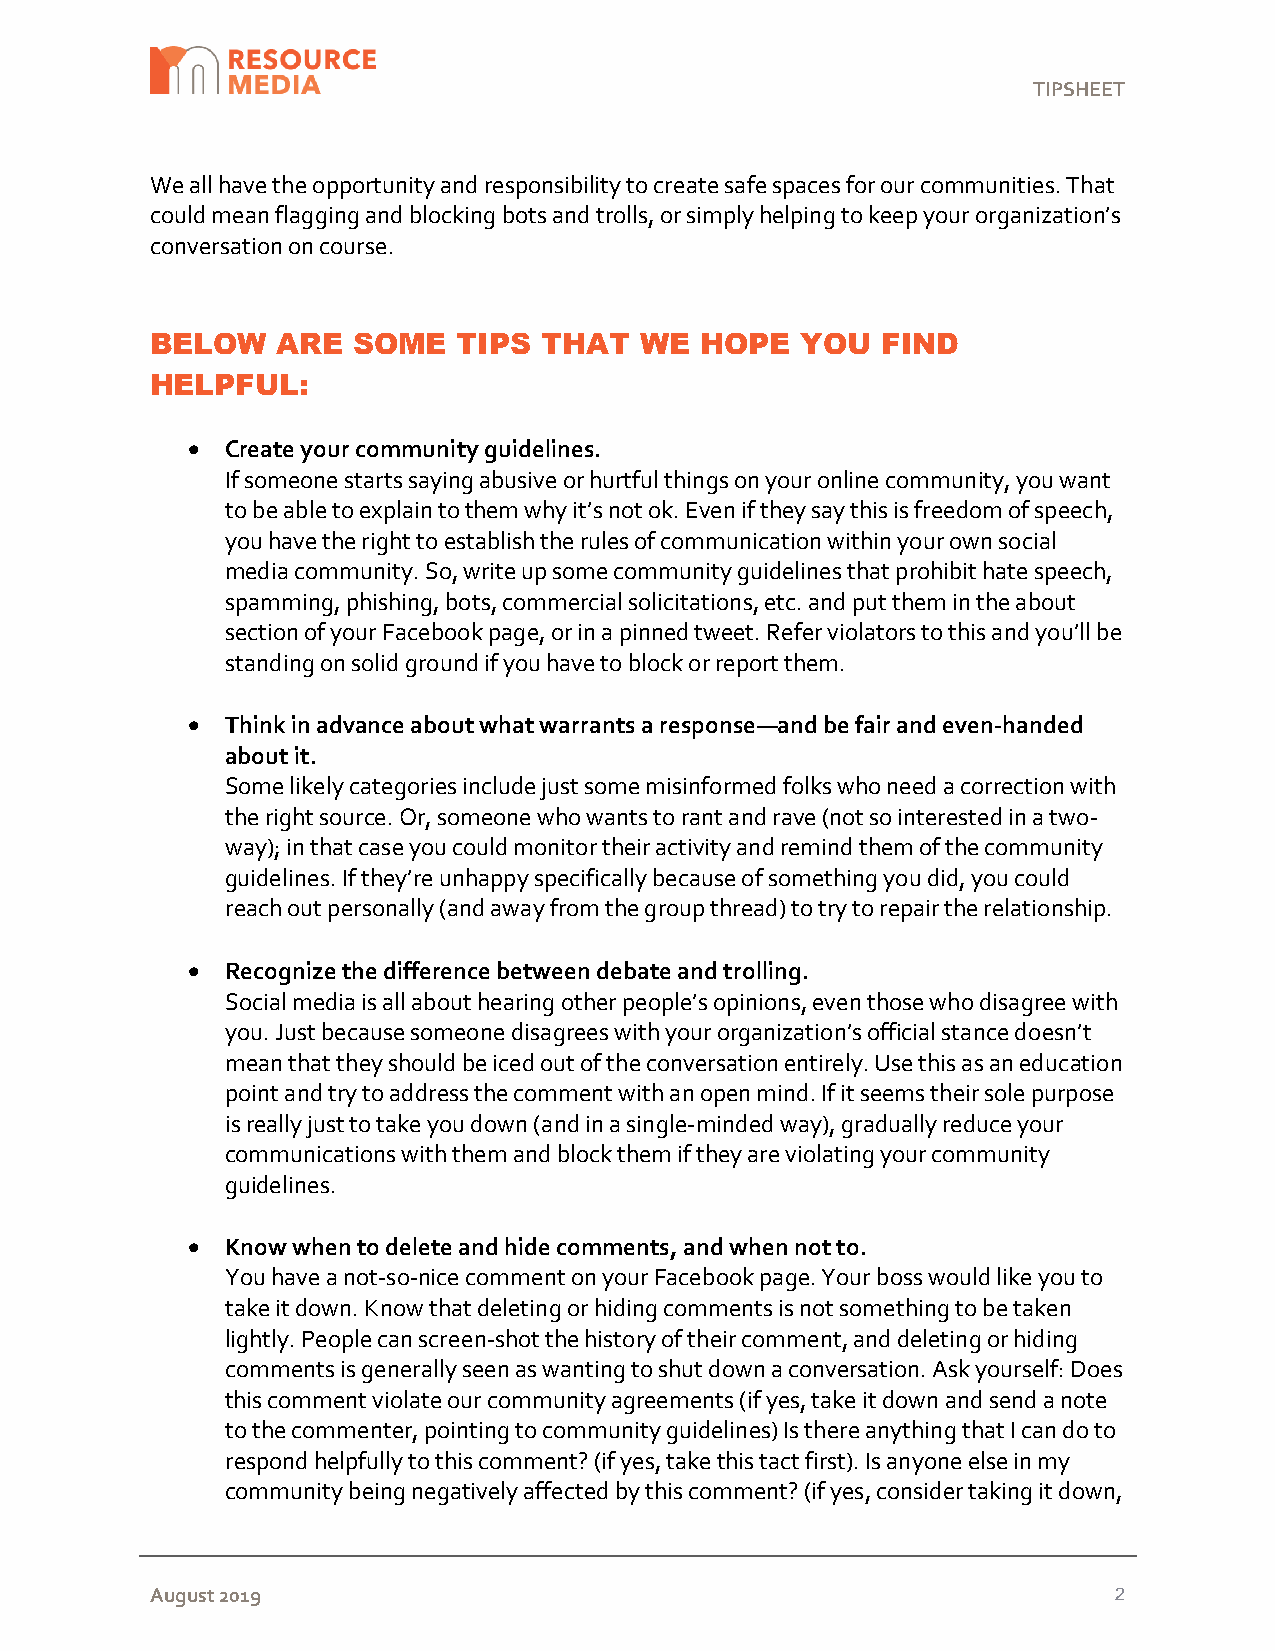
TIPSHEET
 We all have the opportunity and responsibility to create safe spaces for our communities. That
 could mean flagging and blocking bots and trolls, or simply helping to keep your organization’s
 conversation on course.
 BELOW   ARE  SOME   TIPS  THAT  WE  HOPE   YOU  FIND
 HELPFUL:
   Create your community guidelines.
 If someone starts saying abusive or hurtful things on your online community, you want
 to be able to explain to them why it’s not ok. Even if they say this is freedom of speech,
 you have the right to establish the rules of communication within your own social
 media community. So, write up some community guidelines that prohibit hate speech,
 spamming, phishing, bots, commercial solicitations, etc. and put them in the about
 section of your Facebook page, or in a pinned tweet. Refer violators to this and you’ll be
 standing on solid ground if you have to block or report them.
   Think in advance about what warrants a response—and be fair and even-handed
 about it.
 Some likely categories include just some misinformed folks who need a correction with
 the right source. Or, someone who wants to rant and rave (not so interested in a two-
 way); in that case you could monitor their activity and remind them of the community
 guidelines. If they’re unhappy specifically because of something you did, you could
 reach out personally (and away from the group thread) to try to repair the relationship.
   Recognize the difference between debate and trolling.
 Social media is all about hearing other people’s opinions, even those who disagree with
 you. Just because someone disagrees with your organization’s official stance doesn’t
 mean that they should be iced out of the conversation entirely. Use this as an education
 point and try to address the comment with an open mind. If it seems their sole purpose
 is really just to take you down (and in a single-minded way), gradually reduce your
 communications with them and block them if they are violating your community
 guidelines.
   Know when to delete and hide comments, and when not to.
 You have a not-so-nice comment on your Facebook page. Your boss would like you to
 take it down. Know that deleting or hiding comments is not something to be taken
 lightly. People can screen-shot the history of their comment, and deleting or hiding
 comments is generally seen as wanting to shut down a conversation. Ask yourself: Does
 this comment violate our community agreements (if yes, take it down and send a note
 to the commenter, pointing to community guidelines) Is there anything that I can do to
 respond helpfully to this comment? (if yes, take this tact first). Is anyone else in my
 community being negatively affected by this comment? (if yes, consider taking it down,
 August 2019                                                     2